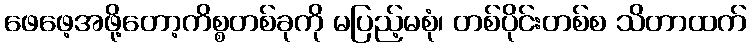
ဖေဖေ့အဖို့တော့ကိစ္စတစ်ခုကို မပြည့်မစုံ၊ တစ်ပိုင်းတစ်စ သိတာထက်